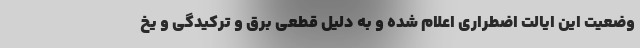
وضعیت این ایالت اضطراری اعلام شده و به دلیل قطعی برق و ترکیدگی و یخ